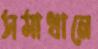
সমাধানে